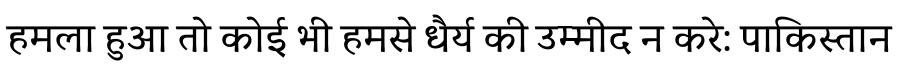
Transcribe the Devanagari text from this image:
हमला हुआ तो कोई भी हमसे धैर्य की उम्मीद न करे: पाकिस्तान